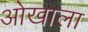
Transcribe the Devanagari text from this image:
ओखाला